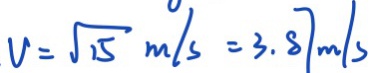
V = \sqrt { 1 5 } m / s = 3 . 8 7 m / s